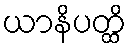
ယာနိပတ္ထိ